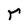
Character: r